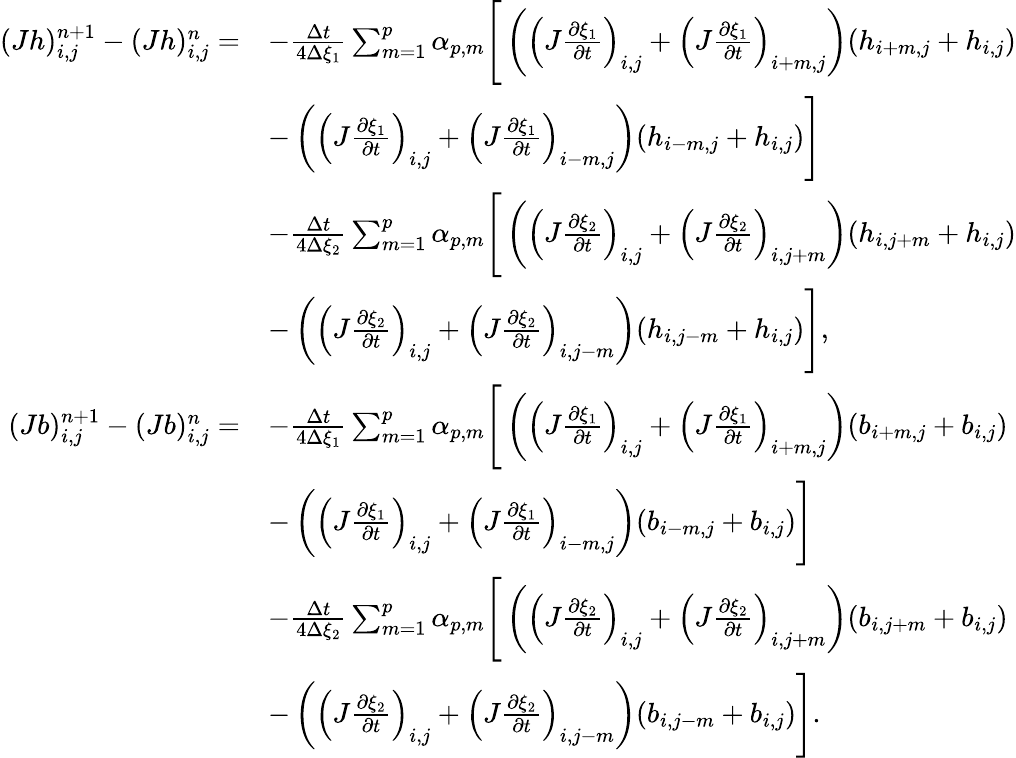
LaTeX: \begin{array}{rl}{(Jh)_{i,j}^{n+1}-(Jh)_{i,j}^{n}=}&{-\frac{\Delta t}{4\Delta{\xi_{1}}}\sum_{m=1}^{p}\alpha_{p,m}\Bigg[\left(\left(J\frac{\partial\xi_{1}}{\partial t}\right)_{i,j}+\left(J\frac{\partial\xi_{1}}{\partial t}\right)_{i+m,j}\right)(h_{i+m,j}+h_{i,j})}\\ &{-\left(\left(J\frac{\partial\xi_{1}}{\partial t}\right)_{i,j}+\left(J\frac{\partial\xi_{1}}{\partial t}\right)_{i-m,j}\right)(h_{i-m,j}+h_{i,j})\Bigg]}\\ &{-\frac{\Delta t}{4\Delta{\xi_{2}}}\sum_{m=1}^{p}\alpha_{p,m}\Bigg[\left(\left(J\frac{\partial\xi_{2}}{\partial t}\right)_{i,j}+\left(J\frac{\partial\xi_{2}}{\partial t}\right)_{i,j+m}\right)(h_{i,j+m}+h_{i,j})}\\ &{-\left(\left(J\frac{\partial\xi_{2}}{\partial t}\right)_{i,j}+\left(J\frac{\partial\xi_{2}}{\partial t}\right)_{i,j-m}\right)(h_{i,j-m}+h_{i,j})\Bigg],}\\ {(Jb)_{i,j}^{n+1}-(Jb)_{i,j}^{n}=}&{-\frac{\Delta t}{4\Delta{\xi_{1}}}\sum_{m=1}^{p}\alpha_{p,m}\Bigg[\left(\left(J\frac{\partial\xi_{1}}{\partial t}\right)_{i,j}+\left(J\frac{\partial\xi_{1}}{\partial t}\right)_{i+m,j}\right)(b_{i+m,j}+b_{i,j})}\\ &{-\left(\left(J\frac{\partial\xi_{1}}{\partial t}\right)_{i,j}+\left(J\frac{\partial\xi_{1}}{\partial t}\right)_{i-m,j}\right)(b_{i-m,j}+b_{i,j})\Bigg]}\\ &{-\frac{\Delta t}{4\Delta{\xi_{2}}}\sum_{m=1}^{p}\alpha_{p,m}\Bigg[\left(\left(J\frac{\partial\xi_{2}}{\partial t}\right)_{i,j}+\left(J\frac{\partial\xi_{2}}{\partial t}\right)_{i,j+m}\right)(b_{i,j+m}+b_{i,j})}\\ &{-\left(\left(J\frac{\partial\xi_{2}}{\partial t}\right)_{i,j}+\left(J\frac{\partial\xi_{2}}{\partial t}\right)_{i,j-m}\right)(b_{i,j-m}+b_{i,j})\Bigg].}\end{array}